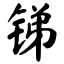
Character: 锑